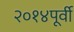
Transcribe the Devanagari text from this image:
२०१४पूर्वी